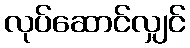
လုပ်ဆောင်လျှင်